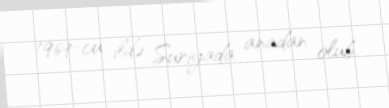
1969-cu ildə Suriyada anadan olub.